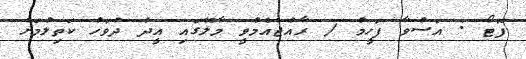
ފޮޓޯ : އަސްވާ ފަހީމް / ރާއްޖެއެމްވީ މާލޭގައި އީދު ދުވަހު ކަތިލުމަށް